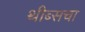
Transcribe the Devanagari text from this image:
थीब्सचा